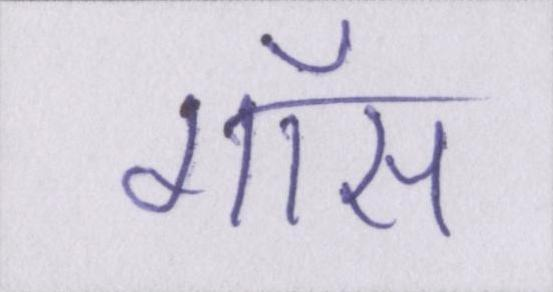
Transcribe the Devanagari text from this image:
गॉस